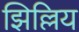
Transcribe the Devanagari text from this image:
झिल्लिय